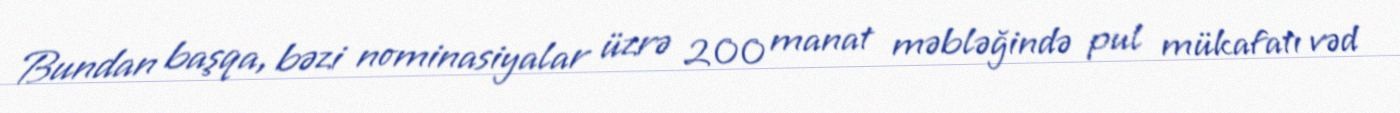
Bundan başqa, bəzi nominasiyalar üzrə 200 manat məbləğində pul mükafatı vəd